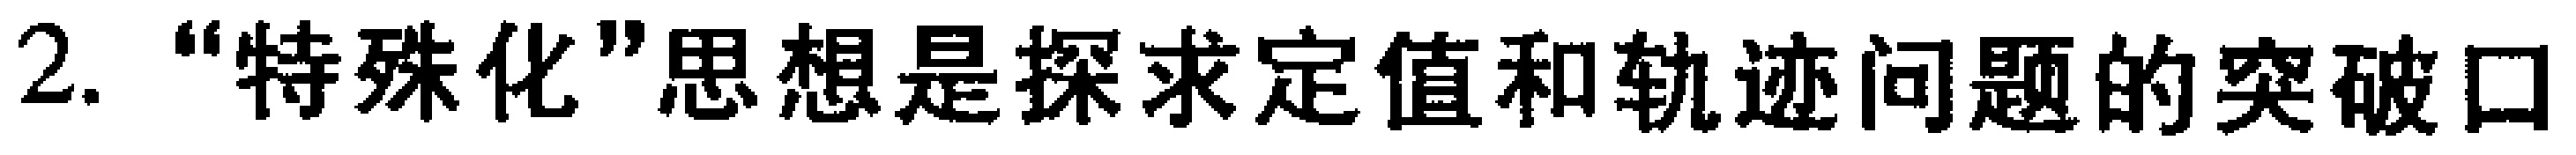
2. “特殊化”思想是探求定值和轨迹问题的突破口